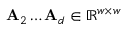
\mathbf { A } _ { 2 } \ldots \mathbf { A } _ { d } \in \mathbb { R } ^ { w \times w }